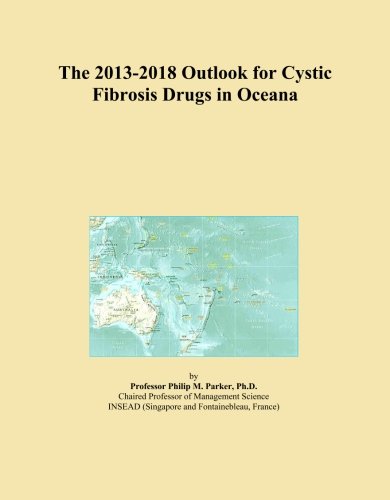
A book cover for The 2013-2018 Outlook for Cystic Fibrosis Drugs in Oceana; Icon Group International; Health, Fitness & Dieting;